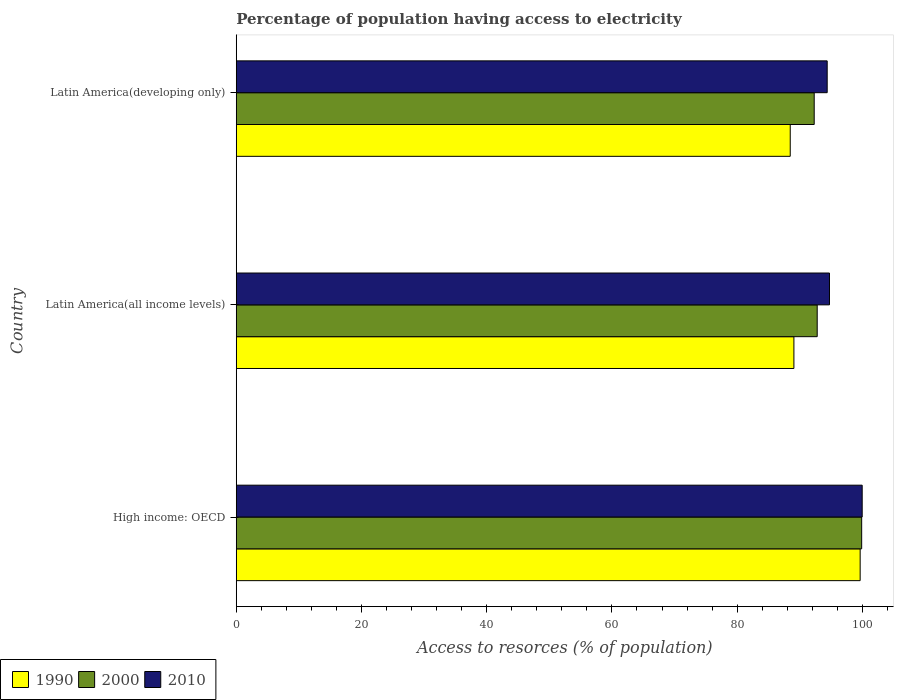
| Country | 1990 | 2000 | 2010 |
 | --- | --- | --- | --- |
 | High income: OECD | 99.6 | 99.9 | 100 |
 | Latin America(all income levels) | 89.1 | 92.8 | 94.7 |
 | Latin America(developing only) | 88.5 | 92.3 | 94.4 |